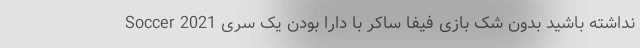
Soccer 2021 نداشته باشید بدون شک بازی فیفا ساکر با دارا بودن یک سری